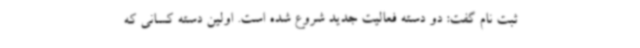
ثبت نام گفت: دو دسته فعالیت جدید شروع شده است. اولین دسته کسانی که